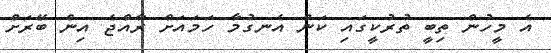
އެ މީހުން ތިބީ ތުރުކީގައި ކަން އެނގުމާ ހަމައަށް ރާއްޖެ އިން ބޭރަށް